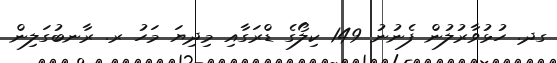
ގދ. ހުޅުވާރުލުން ފެނުނު 149 ކިލޯގެ ޑްރަގާއި މިދިޔަ މަހު ރ. ރާނބުގަލިން